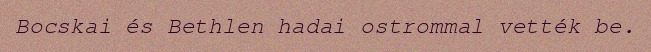
Bocskai és Bethlen hadai ostrommal vették be.